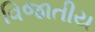
વિજાતીય